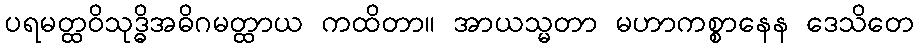
ပရမတ္ထဝိသုဒ္ဓိအဓိဂမတ္ထာယ ကထိတာ။ အာယသ္မတာ မဟာကစ္စာနေန ဒေသိတေ